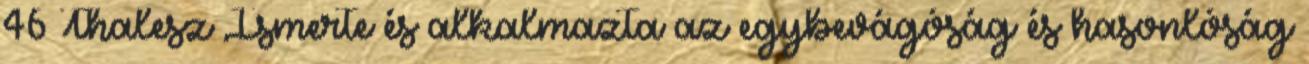
46 Thalesz Ismerte és alkalmazta az egybevágóság és hasonlóság